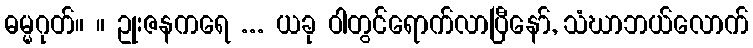
ဓမ္မဂုတ်။ ။ ဥုးဇနကရေ ... ယခု ဝါတွင်ရောက်လာပြီနော်, သံဃာဘယ်လောက်